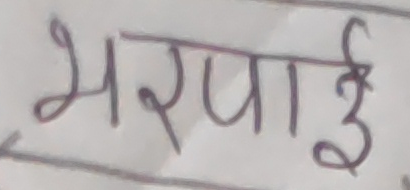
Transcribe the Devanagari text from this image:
भरपाई